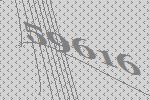
59616